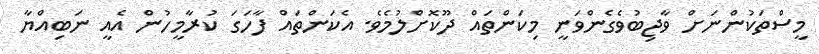
މީސްތަކުންނަށް ވާޖިބުވެގެންވަނީ މިކަންތައް ދޫކޮށްލުމެވެ. އެކަންތައް ފާހަގަ ކުރާމީހުން އެއީ ނަބިއްޔާ